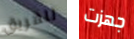
للفريق جهزت